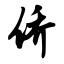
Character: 侨